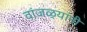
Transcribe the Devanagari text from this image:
वांजळ्यांनी